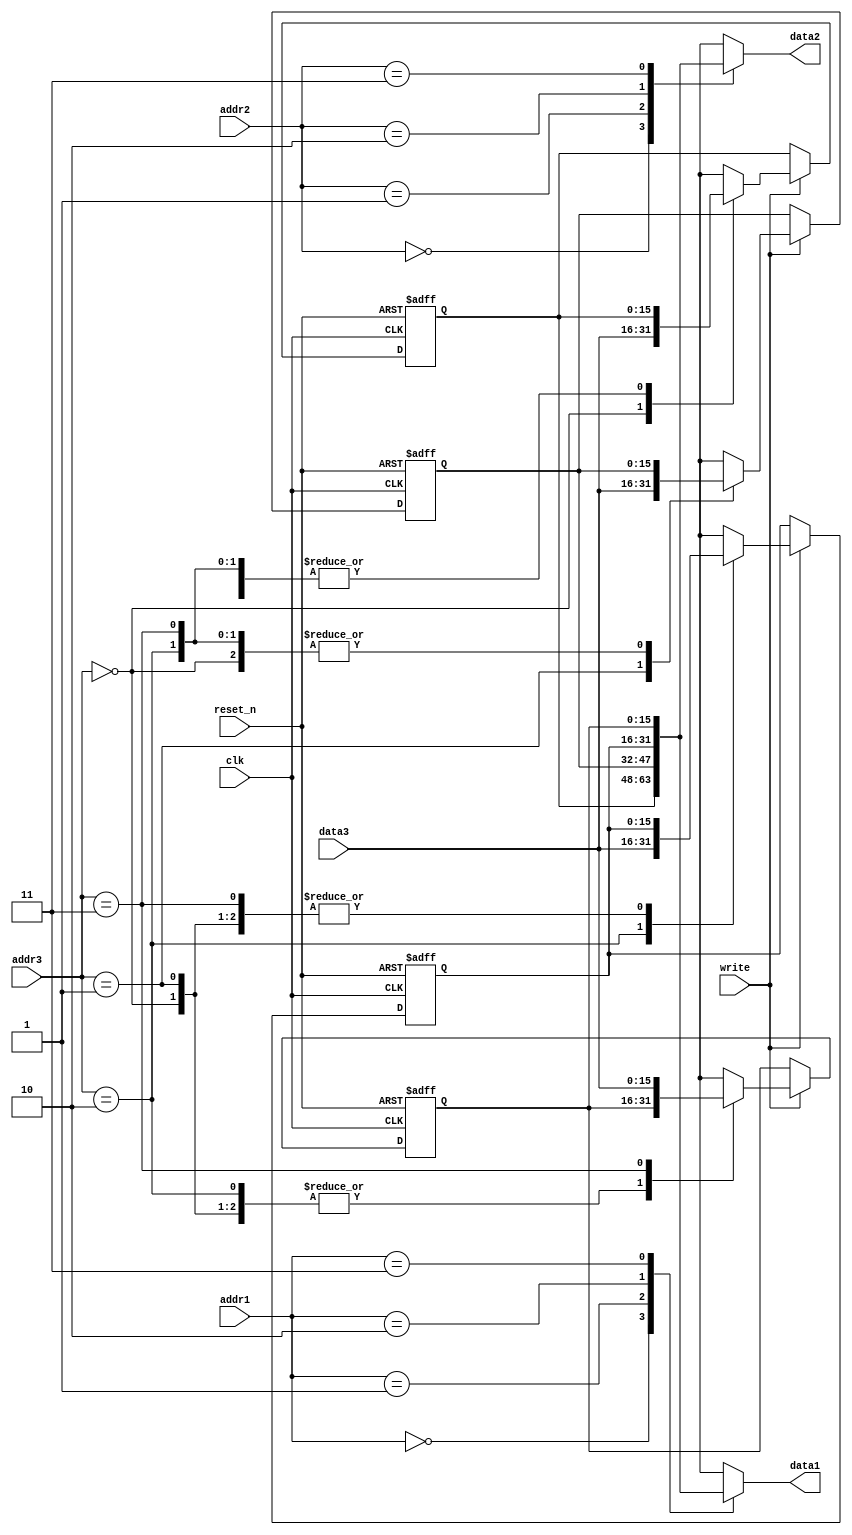
module RF(clk, reset_n, write, addr1, addr2, addr3, data3, data1, data2);
    input clk;
    input reset_n;
    input write;
    input [1:0] addr1, addr2, addr3;
    input [15:0] data3;
    output reg [15:0] data1, data2;

    reg [15:0] data[3:0];

    always @(*) begin
        data1 = data[addr1];
        data2 = data[addr2];
    end

    always @(posedge clk or negedge reset_n) begin
        if (!reset_n) begin
            data[0] <= 16'h0000;
            data[1] <= 16'h0000;
            data[2] <= 16'h0000;
            data[3] <= 16'h0000;
        end
        else if(write) begin
            data[addr3] = data3;
        end
    end
endmodule